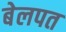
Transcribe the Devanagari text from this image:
बेलपत